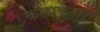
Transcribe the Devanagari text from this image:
कलाकुशल